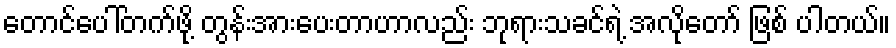
တောင်ပေါ်တက်ဖို့ တွန်းအားပေးတာဟာလည်း ဘုရားသခင်ရဲ့ အလိုတော် ဖြစ် ပါတယ်။